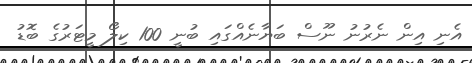
އެނި އިން ނެރުނު ނޫސް ބަޔާނެއްގައި ބުނީ 100 ކިލޯ މީޓަރުގެ ބޮޑު